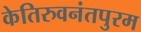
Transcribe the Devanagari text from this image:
केतिरुवनंतपुरम